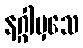
နဂ္ဂါမှသေ